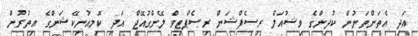
އަދި އެތަންތަނުން ކުދިންގެ ވިޝުއަލް ރިސެޕްޝަން ރިސެޕްޓިވް ލޭންގުއޭޖް އަދި ކޮމިއުނިކޭޝަންގެ އިތުރުން